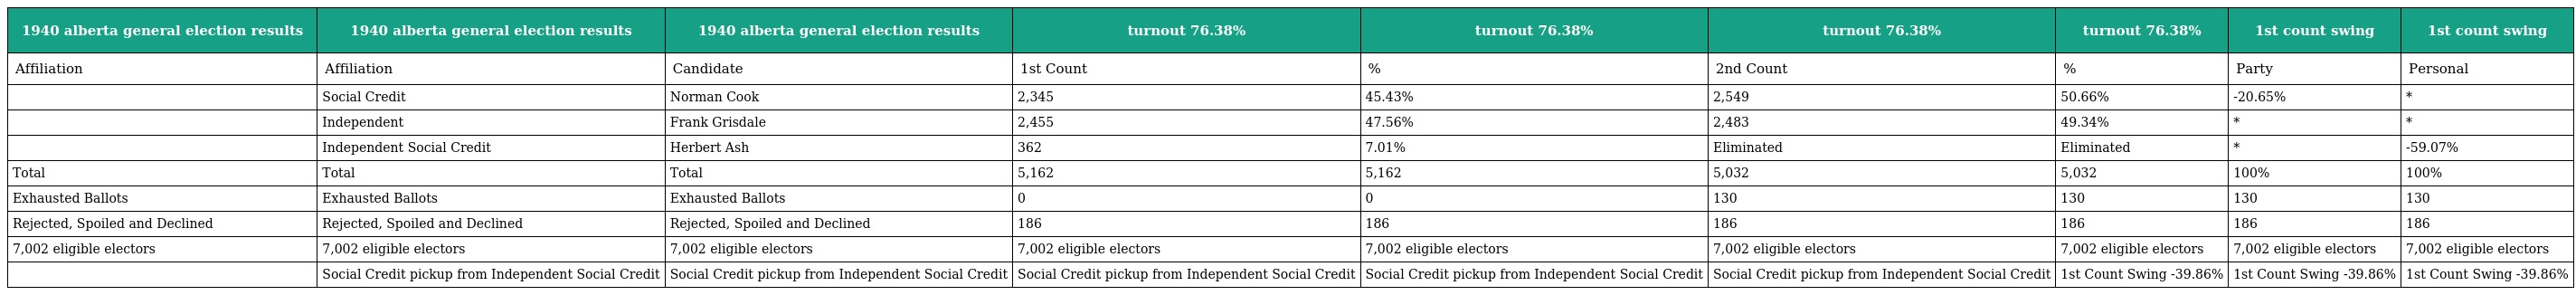
| 1940 alberta general election results | 1940 alberta general election results | 1940 alberta general election results | turnout 76.38% | turnout 76.38% | turnout 76.38% | turnout 76.38% | 1st count swing | 1st count swing |
 | --- | --- | --- | --- | --- | --- | --- | --- | --- |
 | Affiliation | Affiliation | Candidate | 1st Count | % | 2nd Count | % | Party | Personal |
 |  | Social Credit | Norman Cook | 2,345 | 45.43% | 2,549 | 50.66% | -20.65% | * |
 |  | Independent | Frank Grisdale | 2,455 | 47.56% | 2,483 | 49.34% | * | * |
 |  | Independent Social Credit | Herbert Ash | 362 | 7.01% | Eliminated | Eliminated | * | -59.07% |
 | Total | Total | Total | 5,162 | 5,162 | 5,032 | 5,032 | 100% | 100% |
 | Exhausted Ballots | Exhausted Ballots | Exhausted Ballots | 0 | 0 | 130 | 130 | 130 | 130 |
 | Rejected, Spoiled and Declined | Rejected, Spoiled and Declined | Rejected, Spoiled and Declined | 186 | 186 | 186 | 186 | 186 | 186 |
 | 7,002 eligible electors | 7,002 eligible electors | 7,002 eligible electors | 7,002 eligible electors | 7,002 eligible electors | 7,002 eligible electors | 7,002 eligible electors | 7,002 eligible electors | 7,002 eligible electors |
 |  | Social Credit pickup from Independent Social Credit | Social Credit pickup from Independent Social Credit | Social Credit pickup from Independent Social Credit | Social Credit pickup from Independent Social Credit | Social Credit pickup from Independent Social Credit | 1st Count Swing -39.86% | 1st Count Swing -39.86% | 1st Count Swing -39.86% |